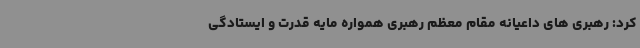
کرد: رهبری های داعیانه مقام معظم رهبری همواره مایه قدرت و ایستادگی